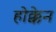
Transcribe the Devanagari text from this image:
होक्केन